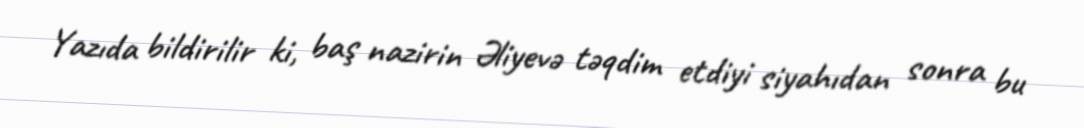
Yazıda bildirilir ki, baş nazirin Əliyevə təqdim etdiyi siyahıdan sonra bu